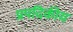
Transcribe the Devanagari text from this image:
प्रपदिकीय